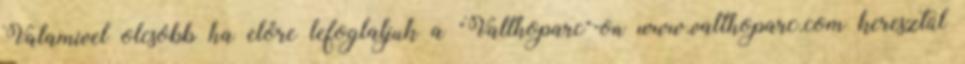
Valamivel olcsóbb ha előre lefoglaljuk a "Valthoparc"-on www.valthoparc.com keresztül